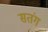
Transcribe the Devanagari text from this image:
सतंग